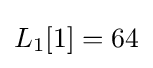
L_{1}[1]=64